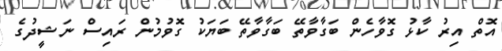
އޮތް އިރު ކާޅު ގޮވާހެން ބަގާވާތޭ ބަގާވާތޭ ބަޔަކު ގޮވުމުން ރައިސް ނަޝީދުގެ